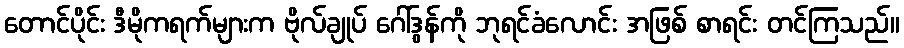
တောင်ပိုင်း ဒီမိုကရက်များက ဗိုလ်ချုပ် ဂေါ်ဒွန်ကို ဘုရင်ခံလောင်း အဖြစ် စာရင်း တင်ကြသည်။